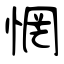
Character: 惘